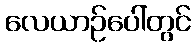
လေယာဉ်ပေါ်တွင်